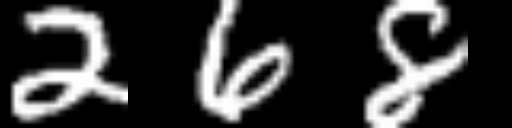
Text: 268